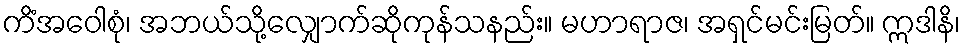
ကိံအဝေါစုံ၊ အဘယ်သို့လျှောက်ဆိုကုန်သနည်း။ မဟာရာဇ၊ အရှင်မင်းမြတ်။ ဣဒါနိ၊